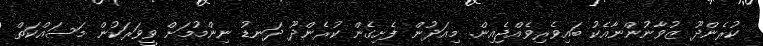
ކުރެންދޫ ޒުވާނުންނާއެކު ބައިވެރިވެއްޖެއިން. މިއަދުން ފެށިގެން ކުރެންދޫ ދަނޑު ނިންމުމަށް ވީވަރަކުން މަސައްކަތް